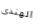
الهندى